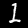
Label: 1